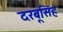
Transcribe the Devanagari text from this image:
दरबूसिंह